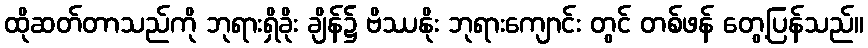
ထိုဆတ်တာသည်ကို ဘုရားရှိခိုး ချိန်၌ ဗိဿနိုး ဘုရားကျောင်း တွင် တစ်ဖန် တွေ့ပြန်သည်။